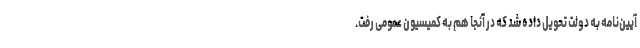
آیین‌نامه به دولت تحویل داده شد که در آنجا هم به کمیسیون عمومی رفت.